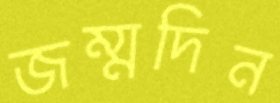
জম্মদিন